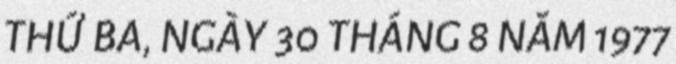
THỨ BA, NGÀY 30 THÁNG 8 NĂM 1977